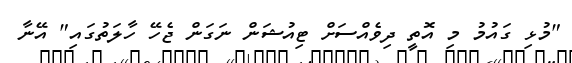
"މުޅި ގައުމު މި އޮތީ ދިވެއްސަށް ޓިއުޝަން ނަގަން ޖެހޭ ހާލަތުގައި" އޭނާ